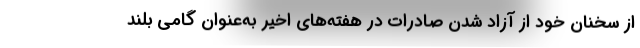
از سخنان خود از آزاد شدن صادرات در هفته‌های اخیر به‌عنوان گامی بلند